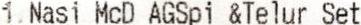
1 NASI MCD AGSPI &TELUR SET